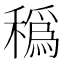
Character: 𥢬